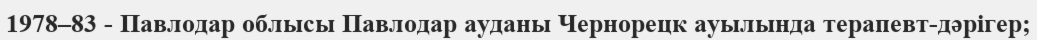
1978–83 - Павлодар облысы Павлодар ауданы Чернорецк ауылында терапевт-дәрігер;